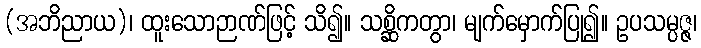
(အဘိညာယ)၊ ထူးသောဉာဏ်ဖြင့် သိ၍။ သစ္ဆိကတွာ၊ မျက်မှောက်ပြု၍။ ဥပသမ္ပဇ္ဇ၊